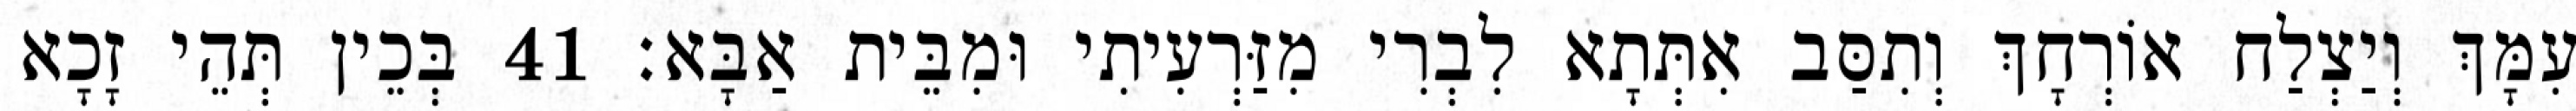
עִמָּךְ וְיַצְלַח אוֹרְחָךְ וְתִסַּב אִתְּתָא לִבְרִי מִזַּרְעִיתִי וּמִבֵּית אַבָּא׃ 41 בְּכֵין תְּהֵי זָכָא